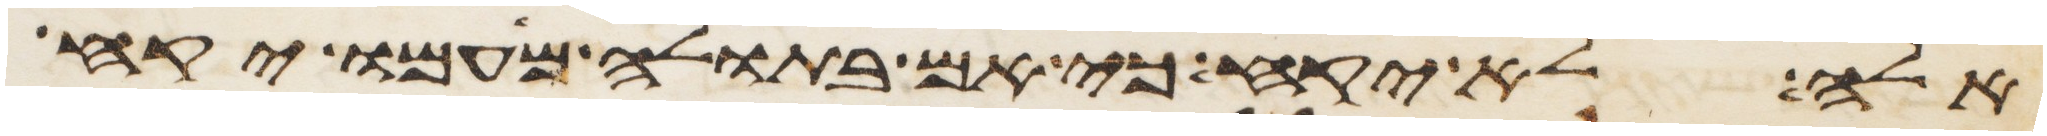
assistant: אלה לא יקח כי אם בתולה מעמו יקח